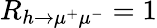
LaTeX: R_{h\to\mu^{+}\mu^{-}}=1